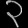
Digit: ၃